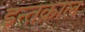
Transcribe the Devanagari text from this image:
इन्तक़ाल